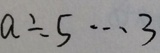
a \div 5 \cdots 3